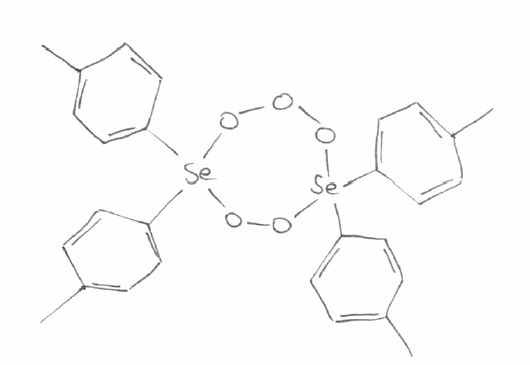
Simplified molecular-input line-entry system (SMILES) notation of the given molecule:
CC1=CC=C(C=C1)[Se]2(OOO[Se](OO2)(C3=CC=C(C=C3)C)C4=CC=C(C=C4)C)C5=CC=C(C=C5)C